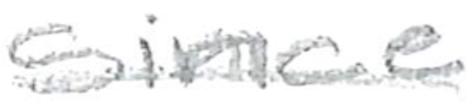
Text: since
Cross-out: single-line
Writing tool: pencil